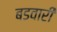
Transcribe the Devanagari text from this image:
बडवारी